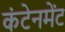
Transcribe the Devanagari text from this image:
कंटेनमेंट